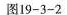
图19-3-2